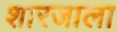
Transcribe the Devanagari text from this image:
शारजाला